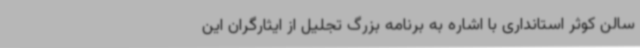
سالن کوثر استانداری با اشاره به برنامه‌ بزرگ تجلیل از ایثارگران این